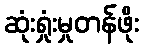
ဆုံးရှုံးမှုတန်ဖိုး